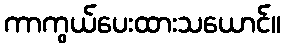
ကာကွယ်ပေးထားသယောင်။